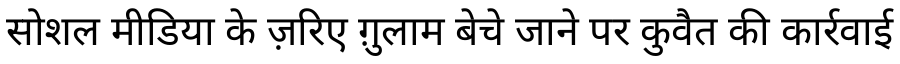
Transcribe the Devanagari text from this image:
सोशल मीडिया के ज़रिए ग़ुलाम बेचे जाने पर कुवैत की कार्रवाई